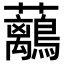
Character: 𧅯